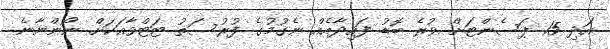
އަދި 15 ޕަސެންޓަށް ވުރެ ބޮޑު ފައިދާއެއް ނެގުމުގެ ފުރުސަތު ޓަޓްވާއަކަށް ނޯންނާނެ